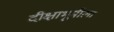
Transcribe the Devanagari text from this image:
दीक्षाभूमीला